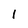
Character: 1